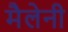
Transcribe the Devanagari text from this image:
मैलेनी